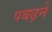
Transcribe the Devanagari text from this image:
पबढ़ने